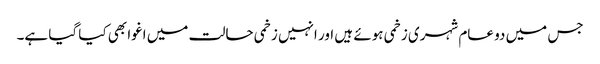
جس میں دو عام شہری زخمی ہوئے ہیں اور انہیں زخمی حالت میں اغوا بھی کیا گیا ہے۔